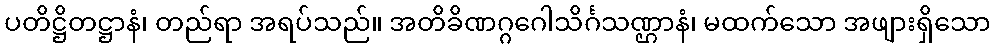
ပတိဋ္ဌိတဋ္ဌာနံ၊ တည်ရာ အရပ်သည်။ အတိခိဏဂ္ဂဂေါသိင်္ဂသဏ္ဌာနံ၊ မထက်သော အဖျားရှိသော